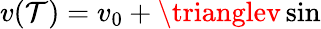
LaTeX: v(\mathcal{T})=v_{0}+\trianglev\sin